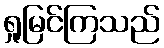
ရှုမြင်ကြသည်